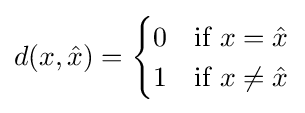
d(x,{\hat {x}})={\begin{cases}0&{\text{if }}x={\hat {x}}\\1&{\text{if }}x\neq {\hat {x}}\end{cases}}